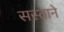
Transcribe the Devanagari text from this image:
सस्ताने